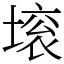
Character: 㙥